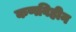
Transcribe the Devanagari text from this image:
कणविहीन